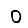
Digit: 0